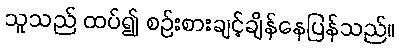
သူသည် ထပ်၍ စဉ်းစားချင့်ချိန်နေပြန်သည်။